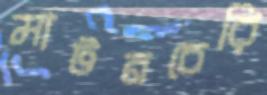
মাটনচেরি